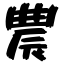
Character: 農